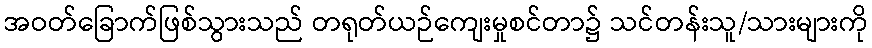
အဝတ်ခြောက်ဖြစ်သွားသည် တရုတ်ယဉ်ကျေးမှုစင်တာ၌ သင်တန်းသူ/သားများကို